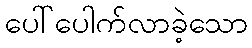
ပေါ်ပေါက်လာခဲ့သော